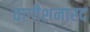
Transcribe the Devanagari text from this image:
वागीशनारद